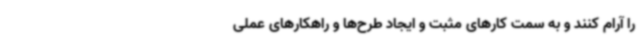
را آرام کنند و به سمت کارهای مثبت و ایجاد طرح‌ها و راهکارهای عملی